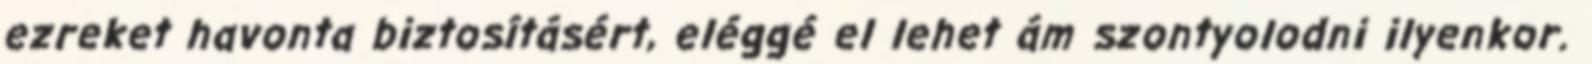
ezreket havonta biztosításért, eléggé el lehet ám szontyolodni ilyenkor.